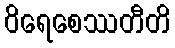
ဝိရေစေဿတီတိ